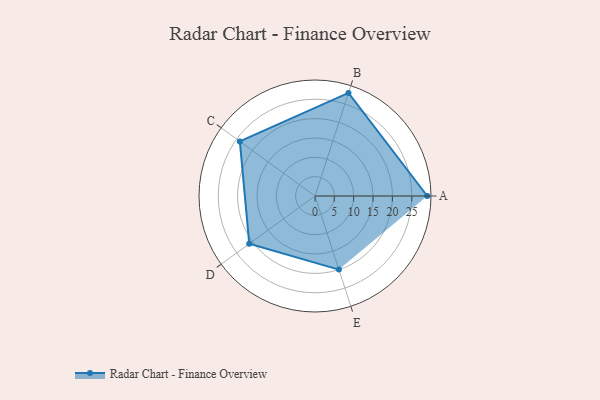
{"axis": {"x": "Skill", "y": "Score"}, "legend": ["Profile"], "data": [{"x": "A", "y": 29.0, "type": "Profile"}, {"x": "B", "y": 28.0, "type": "Profile"}, {"x": "C", "y": 24.0, "type": "Profile"}, {"x": "D", "y": 21.0, "type": "Profile"}, {"x": "E", "y": 20, "type": "Profile"}]}